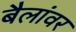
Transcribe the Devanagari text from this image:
बैलांवर